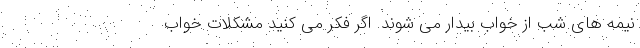
نیمه ‌های شب از خواب بیدار می‌ شوند. اگر فکر می ‌کنید مشکلات خواب